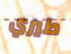
طيري